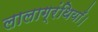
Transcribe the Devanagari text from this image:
लालाग्रंथियाँ।